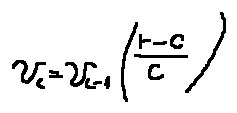
v _ { c } = v _ { c - 1 } ( \frac { r - c } { c } )